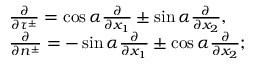
\begin{array} { r l } & { \frac { \partial } { \partial \tau ^ { \pm } } = \cos \alpha \frac { \partial } { \partial x _ { 1 } } \pm \sin \alpha \frac { \partial } { \partial x _ { 2 } } , } \\ & { \frac { \partial } { \partial n ^ { \pm } } = - \sin \alpha \frac { \partial } { \partial x _ { 1 } } \pm \cos \alpha \frac { \partial } { \partial x _ { 2 } } ; } \end{array}